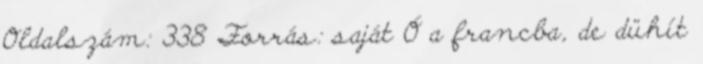
Oldalszám: 338 Forrás: saját Ó a francba, de dühít